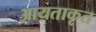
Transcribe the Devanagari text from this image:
आयताकृत